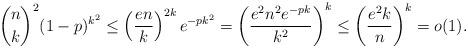
LaTeX: \begin{align*}&\binom{n}{k}^2(1-p)^{k^2}\leq \left(\frac{en}{k}\right)^{2k}e^{-pk^2}=\left(\frac{e^2n^2e^{-pk}}{k^2} \right)^k\leq \left(\frac{e^2k}{n}\right)^k=o(1).\end{align*}